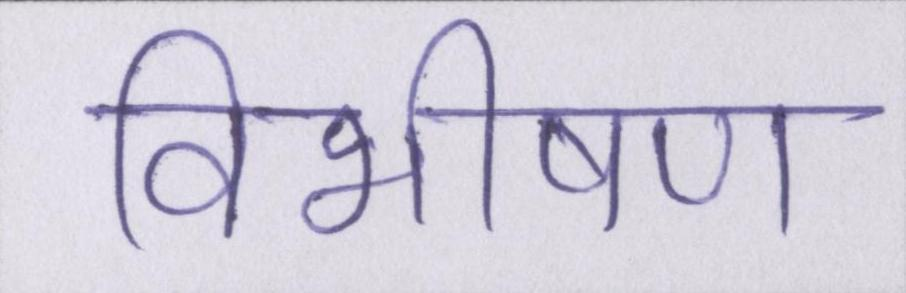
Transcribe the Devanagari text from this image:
विभीषण